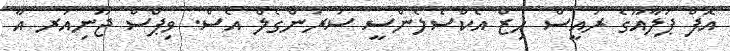
އޮފް ޕަލާއޫގެ ރައީސް ހިޒް އެކްސެލެންސީ ސުރަންގެލް އެސް. ވިޕްސް ޖޫނިއަރ އާ